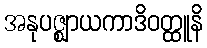
အနုပဇ္ဈာယကာဒိဝတ္ထူနိ